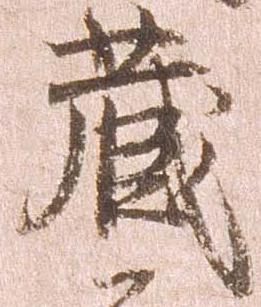
蔵